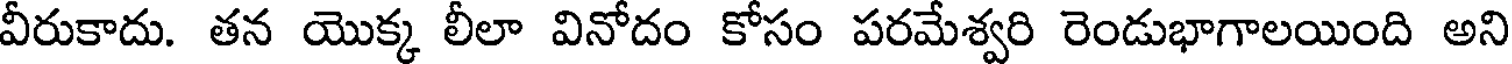
వీరుకాదు. తన యొక్క లీలా వినోదం కోసం పరమేశ్వరి రెండుభాగాలయింది అని